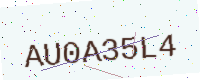
Text: AU0A35L4